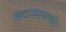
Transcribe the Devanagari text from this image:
केंद्राजवळच्या